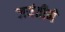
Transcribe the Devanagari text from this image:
जयंतीने